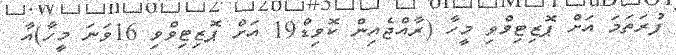
ފުރަތަމަ އަށް ޕޮޒިޓިވްވި މީހާ (ރާއްޖެއިން ކޮވިޑް19 އަށް ޕޮޒިޓިވްވި 16ވަނަ މީހާ)އާ